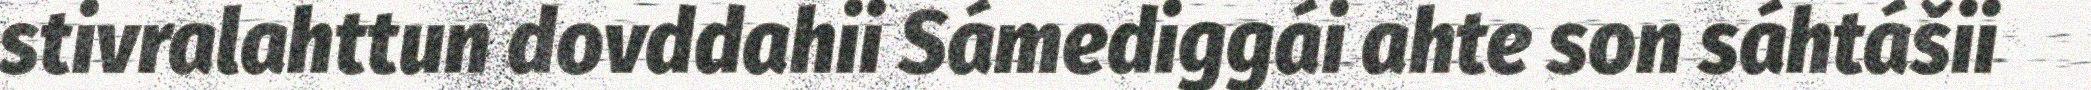
stivralahttun dovddahii Sámediggái ahte son sáhtášii